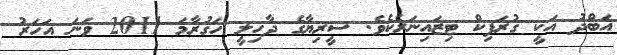
އަބްދު އަކީ ގުރަފިކް ޓިޒައިނަރެކެވެ. ސީރިޔާގެ ދާހިލީ ހަގުރާމަ 2011 ވަނަ އަހަރު